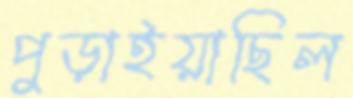
পুড়াইয়াছিল